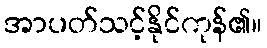
အာပတ်သင့်နိုင်ကုန်၏။